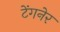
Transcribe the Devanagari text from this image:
टेंगनेर